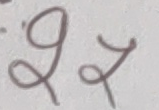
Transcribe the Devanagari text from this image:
.९र